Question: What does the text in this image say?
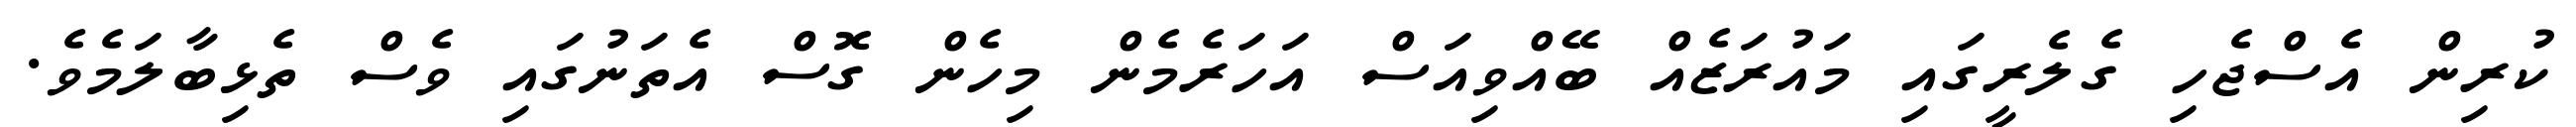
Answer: ކުރިން އެސްޖެހި ގެލެރީގައި މައުރަޒެއް ބޭއްވިއަސް އަހަރެމެން މިހެން ގޮސް އެތަނުގައި ވެސް ތެޅިބާލަމެވެ.